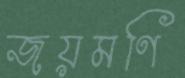
জয়মণি